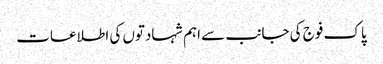
پاک فوج کی جانب سے اہم شہادتوں کی اطلاعات